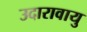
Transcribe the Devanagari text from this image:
उदारावायु